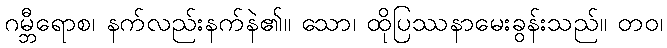
ဂမ္ဘီရောစ၊ နက်လည်းနက်နဲ၏။ သော၊ ထိုပြဿနာမေးခွန်းသည်။ တဝ၊